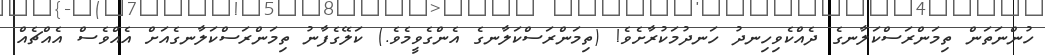
ހުންނަތަން ތިމަންރަސްކަލާނގެ ދެއްކެވިހިނދު ހަނދުމަކުރާށެވެ! (ތިމަންރަސްކަލާނގެ އެންގެވީމެވެ.) ކަލޭގެފާނު ތިމަންރަސްކަލާނގެއަށް އެއްވެސް އެއްޗެއް